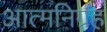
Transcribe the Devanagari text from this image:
आत्मनिग्रह